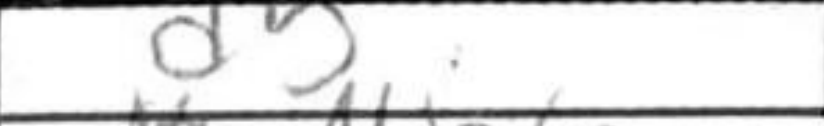
Transcription: d5